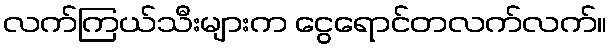
လက်ကြယ်သီးများက ငွေရောင်တလက်လက်။